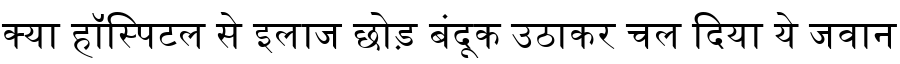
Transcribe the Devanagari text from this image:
क्या हॉस्पिटल से इलाज छोड़ बंदूक उठाकर चल दिया ये जवान